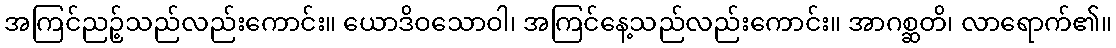
အကြင်ညဉ့်သည်လည်းကောင်း။ ယောဒိဝသောဝါ၊ အကြင်နေ့သည်လည်းကောင်း။ အာဂစ္ဆတိ၊ လာရောက်၏။